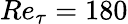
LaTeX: Re_{\tau}=180